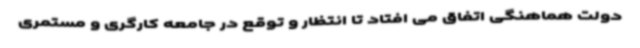
دولت هماهنگی اتفاق می افتاد تا انتظار و توقع در جامعه کارگری و مستمری